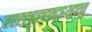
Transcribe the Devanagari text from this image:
ह्ह्ह्ह्ह्ह्ह्फ्द्ग्६य्हुएतु